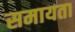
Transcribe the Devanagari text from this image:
समायता